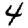
Digit: 4